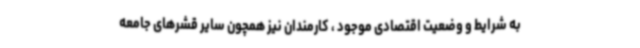
به شرایط و وضعیت اقتصادی موجود ، کارمندان نیز همچون سایر قشرهای جامعه